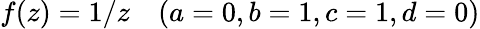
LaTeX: f(z)=1/z\quad(a=0,b=1,c=1,d=0)